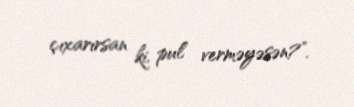
çıxarırsan ki, pul verməyəsən?”.